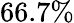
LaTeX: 66.7\%